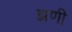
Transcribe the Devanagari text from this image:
झणी